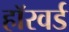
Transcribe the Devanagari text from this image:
हॉरवर्ड